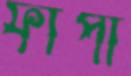
ফাঁপা